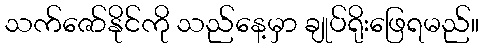
သက်ဇော်နိုင်ကို သည်နေ့မှာ ချုပ်ရိုးဖြေရမည်။